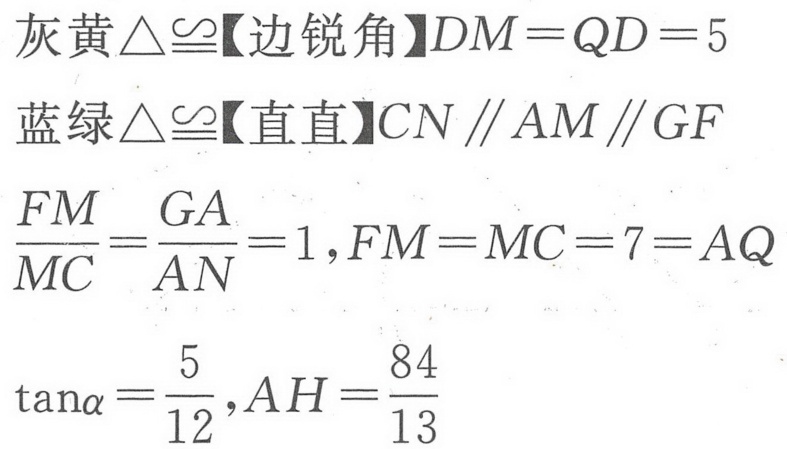
灰黄\(\triangle\cong\)【边锐角】\(DM = QD = 5\)
蓝绿\(\triangle\cong\)【直直】\(CN\parallel AM\parallel GF\)
\(\frac{FM}{MC}=\frac{GA}{AN}=1\), \(FM = MC = 7 = AQ\)
\(\tan\alpha=\frac{5}{12}\), \(AH=\frac{84}{13}\)